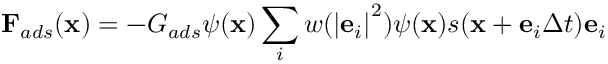
{ { \bf { F } } _ { a d s } } ( { \bf { x } } ) = - { G _ { a d s } } \psi ( { \bf { x } } ) \sum _ { i } { w ( { { \left| { { { \bf { e } } _ { i } } } \right| } ^ { 2 } } ) } \psi ( { \bf { x } } ) s ( { \bf { x } } + { { \bf { e } } _ { i } } \Delta t ) { { \bf { e } } _ { i } }